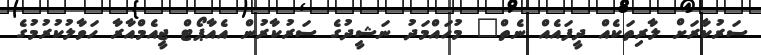
ސަރުކާރަށް ލާރިތަކެއް ދީފައެއް ނެތް" މުހައްމަދު ނަޝީދުގެ ސަރުކާރުން އެއާޕޯޓް ޖީއެމްއާރާ ހަވާލުކުރުމުގެ